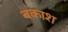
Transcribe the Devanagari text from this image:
बकाश